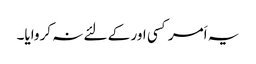
یہ اَمر کسی اور کے لئے نہ کروایا۔